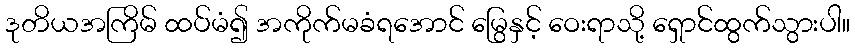
ဒုတိယအကြိမ် ထပ်မံ၍ အကိုက်မခံရအောင် မြွေနှင့် ဝေးရာသို့ ရှောင်ထွက်သွားပါ။